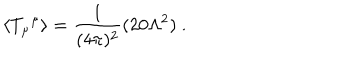
\langle { T _ { \mu } } ^ { \mu } \rangle = \frac { 1 } { ( 4 \pi ) ^ { 2 } } ( 2 0 \Lambda ^ { 2 } ) \ .